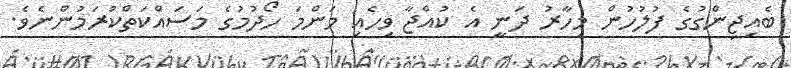
ބެއިޖިންގުގެ ފުލުހުން މިހާރު ދަނީ އެ ކުއްޖާ ވިހެއި މަންމަ ހޯދުމުގެ މަސައްކަތްކުރަމުންނެވެ.